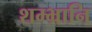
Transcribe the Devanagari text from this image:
शम्भ्रानि